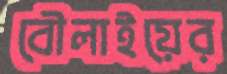
বৌলাইয়ের